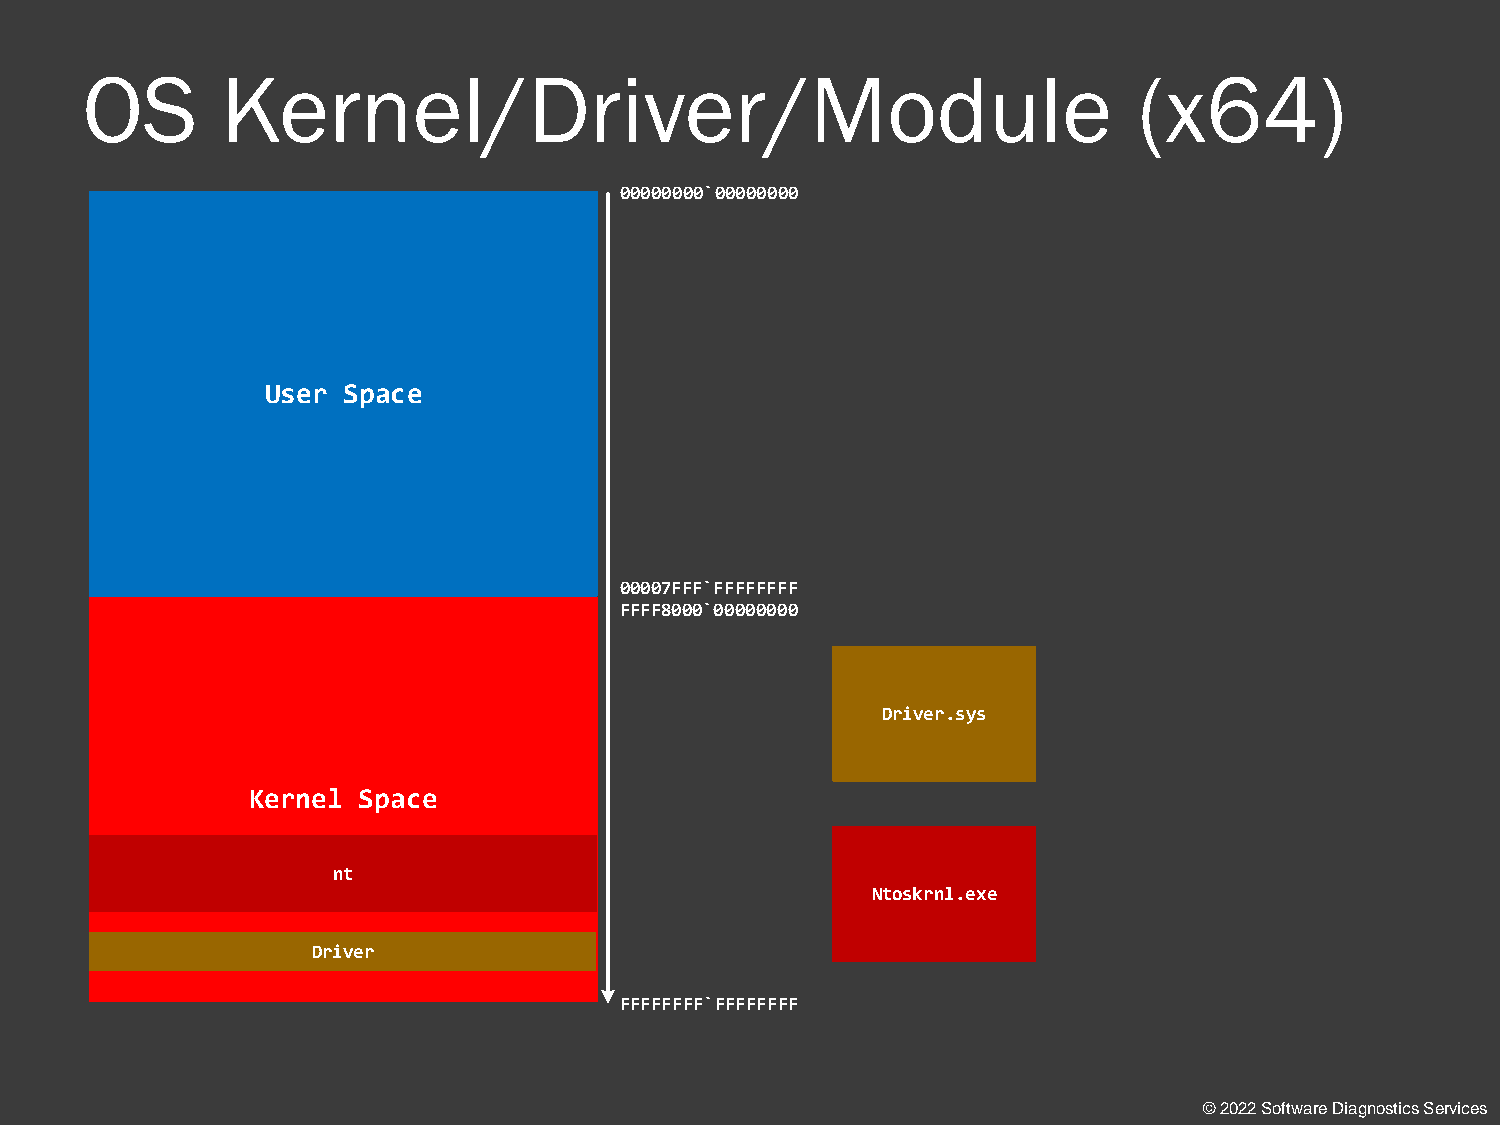
OS        Kernel/Driver/Module                                        (x64)
 00000000`00000000
 User Space
 00007FFF`FFFFFFFF
 FFFF8000`00000000
 Driver.sys
 Kernel  Space
 nt
 Ntoskrnl.exe
 Driver
 FFFFFFFF`FFFFFFFF
 © 2022 Software Diagnostics Services